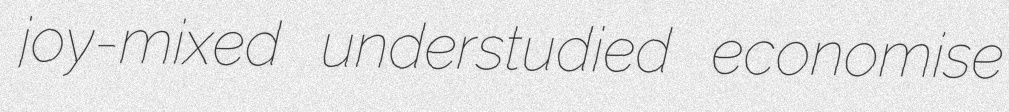
joy-mixed understudied economise